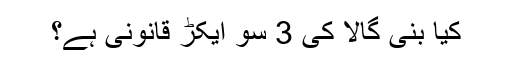
کیا بنی گالا کی 3 سو ایکڑ قانونی ہے؟